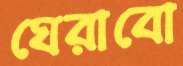
ঘেরাবো